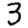
Digit: 3